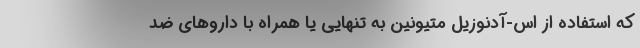
که استفاده از اس-آدنوزیل متیونین به تنهایی یا همراه با داروهای ضد